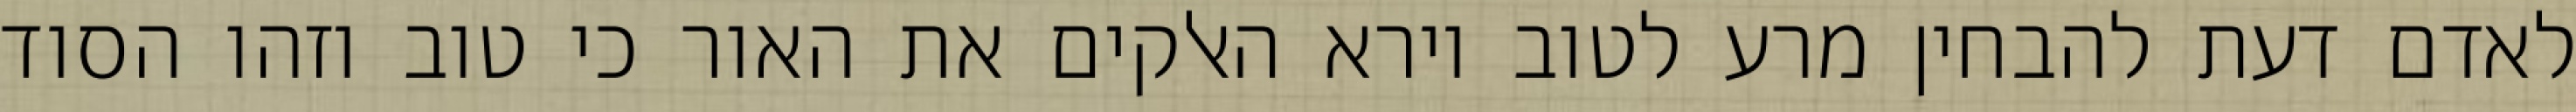
לאדם דעת להבחין מרע לטוב וירא האלקים את האור כי טוב וזהו הסוד